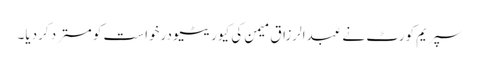
سپریم کورٹ نے عبدالرزاق میمن کی کیوریٹیو درخواست کو مسترد کردیا۔